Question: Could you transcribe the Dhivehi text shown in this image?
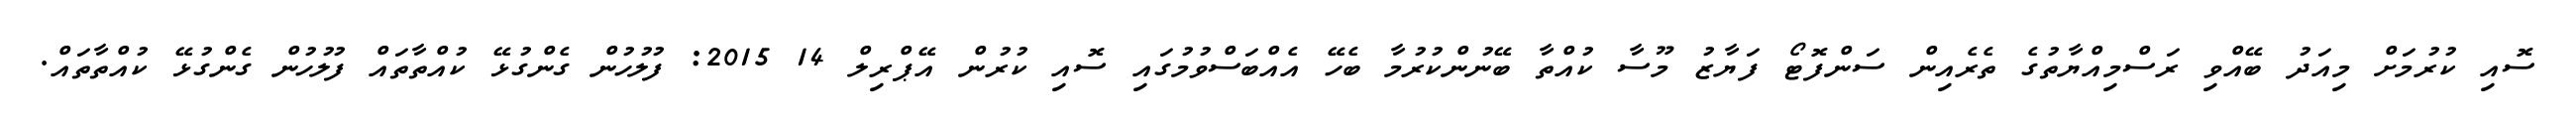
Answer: ސޮއި ކުރުމަށް މިއަދު ބޭއްވި ރަސްމިއްޔާތުގެ ތެރެއިން ސަންފޮޓޯ ފަޔާޒު މޫސާ ކުއްތާ ބޭނުންކުރުމާ ބެހޭ އެއްބަސްވުމުގައި ސޮއި ކުރުން އޭޕްރިލް 14 2015: ފުލުހުން ގެންގުޅޭ ކުއްތާތައް ފުލުހުން ގެންގުޅޭ ކުއްތާތައް.